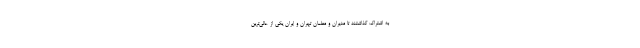
به اشتراک گذاشتند تا مدیران و معلمان تهران و ایران یکی از عالی‌ترین